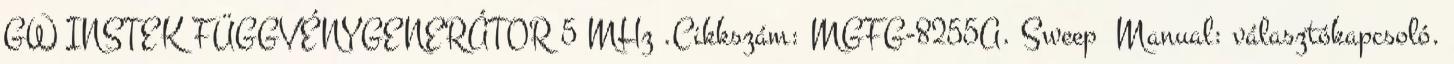
GW INSTEK FÜGGVÉNYGENERÁTOR 5 MHz .Cikkszám: MGFG-8255A. Sweep Manual: választókapcsoló.